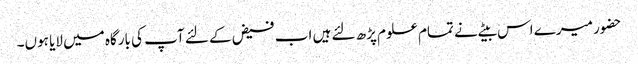
حضور میرے اس بیٹے نے تمام علوم پڑھ لئے ہیں اب فیض کے لئے آپ کی بارگاہ میں لایا ہوں۔